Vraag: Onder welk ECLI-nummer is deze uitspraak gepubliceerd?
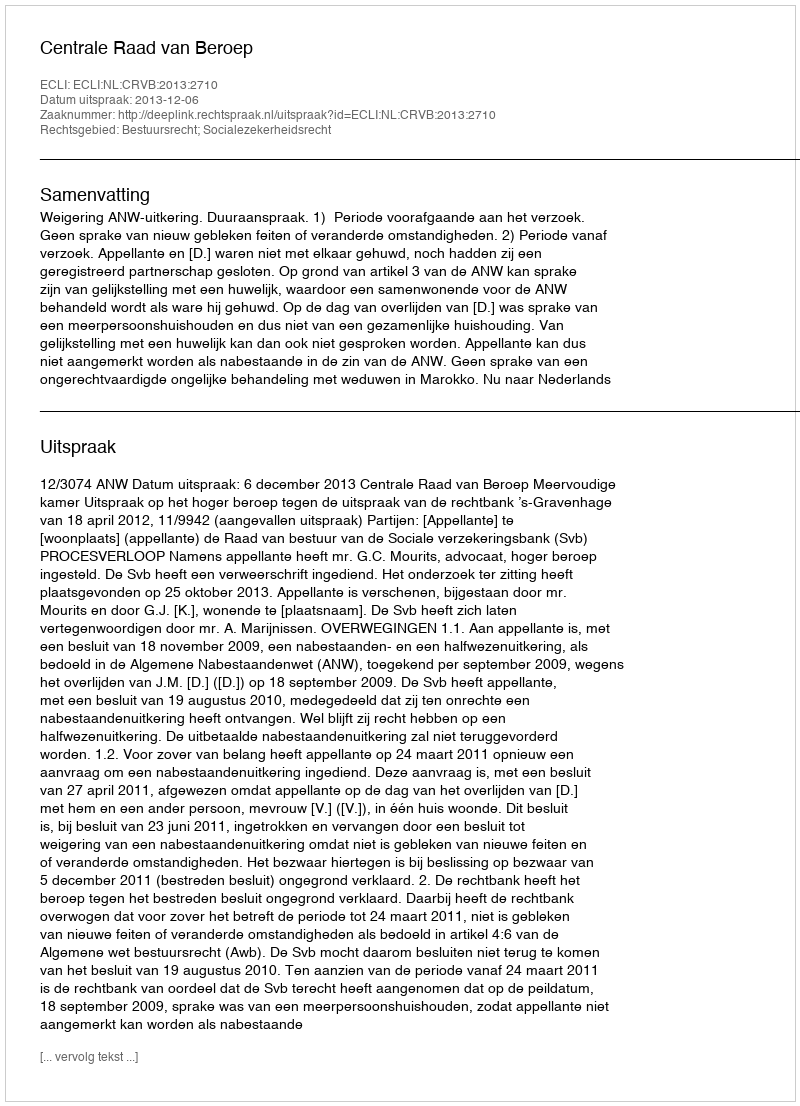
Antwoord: ECLI:NL:CRVB:2013:2710